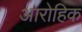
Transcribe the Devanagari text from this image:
आरोहिक